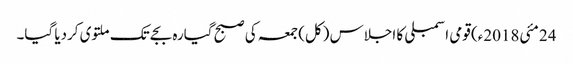
24 مئی2018ء) قومی اسمبلی کا اجلاس (کل) جمعہ کی صبح گیارہ بجے تک ملتوی کردیا گیا۔